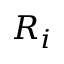
R _ { i }